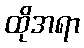
ထိုအရာ